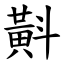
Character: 斢